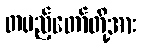
တပည့်တော်တို့အား